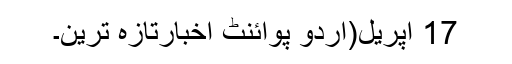
17 اپریل(اُردو پوائنٹ اخبارتازہ ترین۔